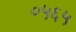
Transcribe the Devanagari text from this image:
०५६५